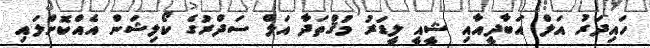
ހައިދަރު އަލް އަބާދީއާއި ޝީއީ ލީޑަރު މުޤްތަދާ އަލް ސަދްރުގެ ކޯލިޝަން އެއްކޮށްލައި